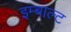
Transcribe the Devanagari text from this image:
इम्बाल्ट